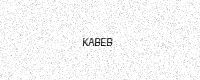
Text: KABEB